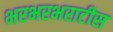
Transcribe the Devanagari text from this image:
भरभरभराटीस